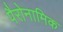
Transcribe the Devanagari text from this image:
पैरोनामिक